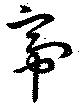
帝